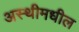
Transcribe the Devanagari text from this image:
अस्थीमधील